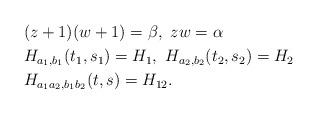
LaTeX: \begin{align*}&(z+1)(w+1) = \beta,\ zw = \alpha \\&H_{a_1,b_1}(t_1,s_1) = H_1,\ H_{a_2,b_2}(t_2,s_2) = H_2 \\&H_{a_1a_2,b_1b_2}(t,s) = H_{12}.\end{align*}